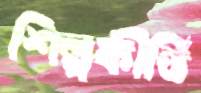
শিল্পকীর্তি